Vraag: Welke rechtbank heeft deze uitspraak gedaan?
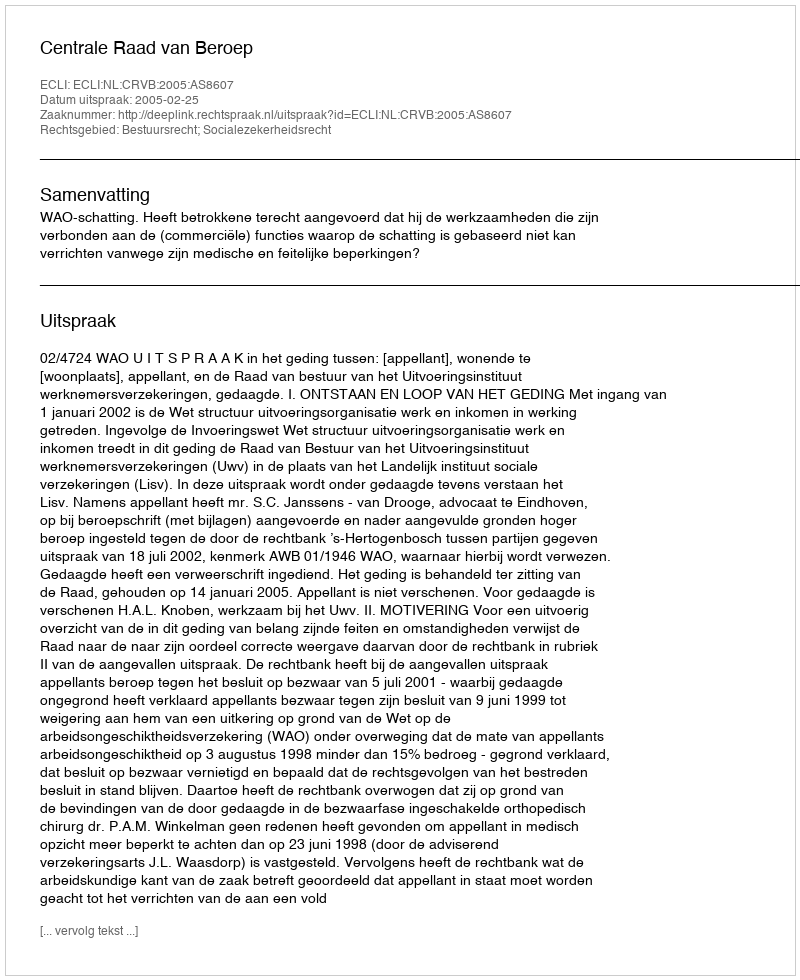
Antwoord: Centrale Raad van Beroep